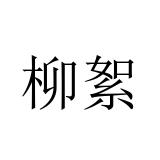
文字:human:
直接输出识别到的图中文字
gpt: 柳絮